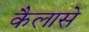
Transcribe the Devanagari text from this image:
कैलासे